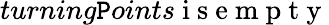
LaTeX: turning\mathtt{P}oints\mathrm{{~i~s~e~m~p~t~y~}}